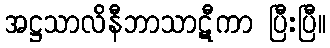
အဋ္ဌသာလိနီဘာသာဋီကာ ပြီးပြီ။